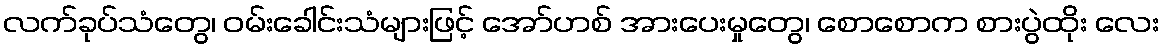
လက်ခုပ်သံတွေ၊ ဝမ်းခေါင်းသံများဖြင့် အော်ဟစ် အားပေးမှုတွေ၊ စောစောက စားပွဲထိုး လေး